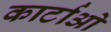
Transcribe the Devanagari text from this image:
कार्टाओ